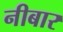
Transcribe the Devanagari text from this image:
नीबार